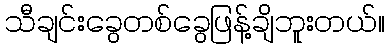
သီချင်းခွေတစ်ခွေဖြန့်ချိဘူးတယ်။